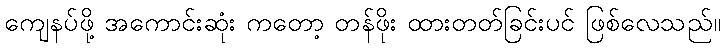
ကျေနပ်ဖို့ အကောင်းဆုံး ကတော့ တန်ဖိုး ထားတတ်ခြင်းပင် ဖြစ်လေသည်။